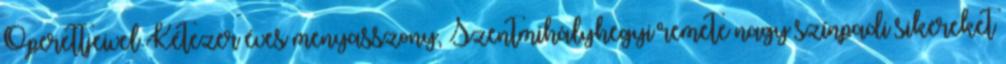
Operettjeivel Kétezer éves menyasszony, Szentmihályhegyi remete nagy színpadi sikereket